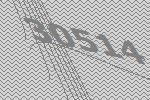
30514